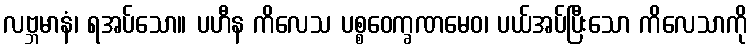
လဗ္ဘမာနံ၊ ရအပ်သော။ ပဟီန ကိလေသ ပစ္စဝေက္ခဏမေဝ၊ ပယ်အပ်ပြီးသော ကိလေသာကို